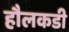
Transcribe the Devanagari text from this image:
हौलकडी